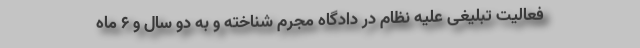
فعالیت تبلیغی علیه نظام در دادگاه مجرم شناخته و به دو سال و ۶ ماه